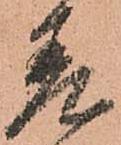
差